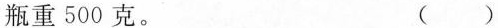
瓶重500克。 ( )